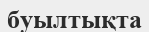
буылтықта